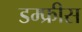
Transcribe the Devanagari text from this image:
डम्फ्रीस